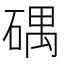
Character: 𥔘